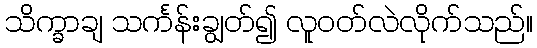
သိက္ခာချ သင်္ကန်းချွတ်၍ လူဝတ်လဲလိုက်သည်။